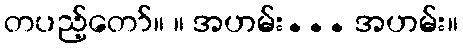
တပည့်တော်။ ။ အဟမ်း... အဟမ်း။